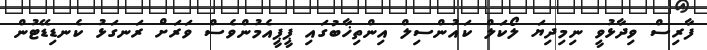
ފާރިސް ވިދާޅުވީ ނިމިދިޔަ ލޯކަލް ކައުންސިލް އިންތިޚާބުގައި ޕީޕީއެމުންވެސް ވަރަށް ރަނގަޅު ކެނޑިޑޭޓުން